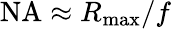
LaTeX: \mathrm{NA}\approx{R_{\mathrm{max}}}/f